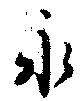
永